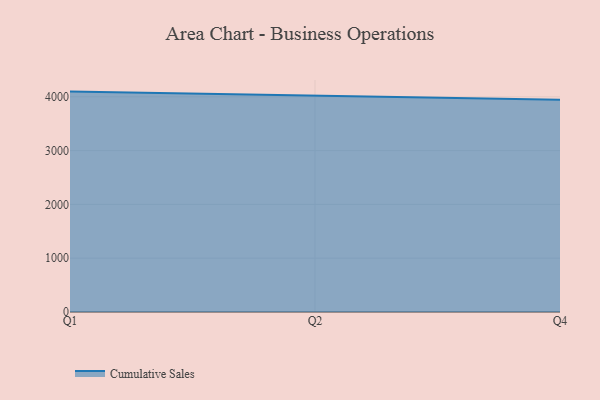
{"axis": {"x": "Quarter", "y": "Satisfaction Score"}, "legend": ["Cumulative Sales"], "data": [{"x": "Q1", "y": 4096.8, "type": "Cumulative Sales"}, {"x": "Q2", "y": 4017.3, "type": "Cumulative Sales"}, {"x": "Q4", "y": 3944.9, "type": "Cumulative Sales"}]}